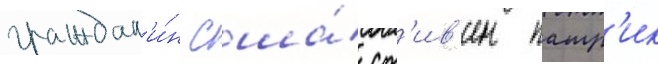
граждан'и́н сша́ ст'ив'ен патр'ик